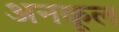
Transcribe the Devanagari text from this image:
अनकूल